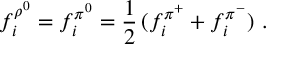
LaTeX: f _ { i } ^ { \rho ^ { 0 } } = f _ { i } ^ { \pi ^ { 0 } } = \frac { 1 } { 2 } \, ( f _ { i } ^ { \pi ^ { + } } + f _ { i } ^ { \pi ^ { - } } ) ~ .